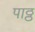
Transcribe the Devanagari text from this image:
पाठ्ठ